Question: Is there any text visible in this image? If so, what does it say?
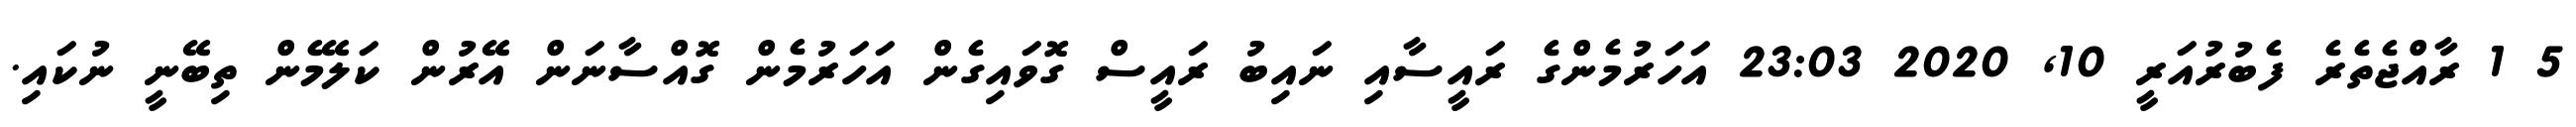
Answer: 5 1 ރާއްޖެތެރެ ފެބުރުއަރީ 10, 2020 23:03 އަހަރުމެންގެ ރައީސާއި ނައިބު ރައީސް ގޮވައިގެން އަހަރުމެން ގޮއްސާނަން އޭރުން ކަލޭމެން ތިބޭނީ ނުކައި.